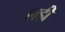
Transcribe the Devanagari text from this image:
लहीं